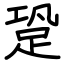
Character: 跫